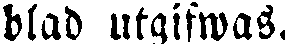
blad utgifwas.